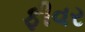
ફીવર